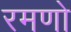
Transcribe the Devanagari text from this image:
रमणो